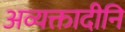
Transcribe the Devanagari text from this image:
अव्यक्तादीनि